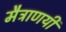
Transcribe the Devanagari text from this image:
मैत्राणयी